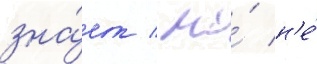
зна́ет / но́ н'е́